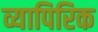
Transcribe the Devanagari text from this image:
व्यापिरिक